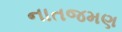
નાતજમણ